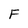
Character: F